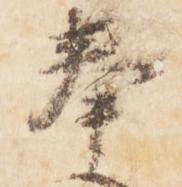
奉